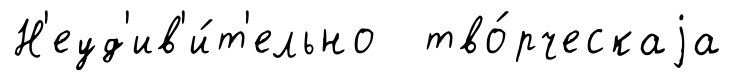
Н'еуд'ив'и́т'ельно тво́рческаjа